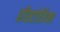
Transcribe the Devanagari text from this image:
हीस्टोरिका